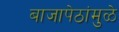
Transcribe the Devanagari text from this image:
बाजापेठांमुळे